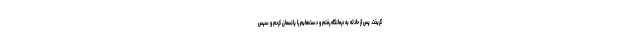
گریخت. پس از حادثه به درمانگاه رفتم و دست‌هایم را پانسمان کردم و سپس